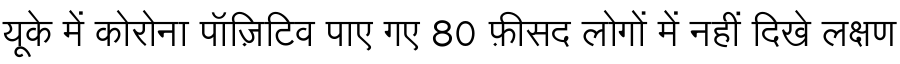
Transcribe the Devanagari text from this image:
यूके में कोरोना पॉज़िटिव पाए गए 80 फ़ीसद लोगों में नहीं दिखे लक्षण